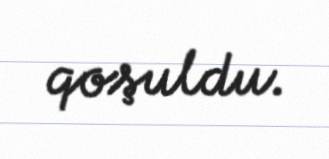
qoşuldu.